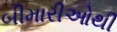
બીમારીઓથી